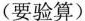
(要验算)